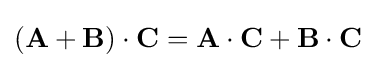
\left(\mathbf {A} +\mathbf {B} \right)\cdot \mathbf {C} =\mathbf {A} \cdot \mathbf {C} +\mathbf {B} \cdot \mathbf {C}